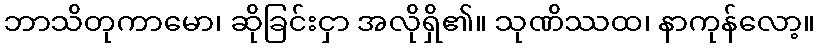
ဘာသိတုကာမော၊ ဆိုခြင်းငှာ အလိုရှိ၏။ သုဏိဿထ၊ နာကုန်လော့။